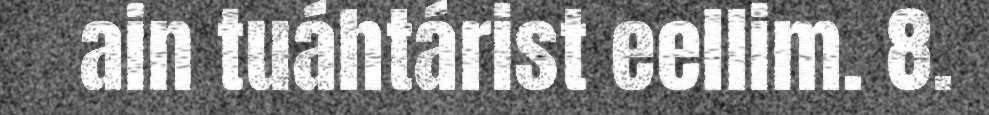
ain tuáhtárist eellim. 8.